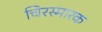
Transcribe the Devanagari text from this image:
चिरस्मारक